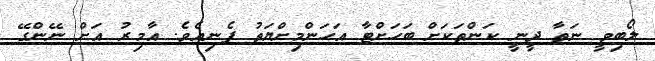
ލޯބިވީ ނަތާ ދީނީ ކަންތަކަށް ބަހަށްޓާ އަހަންމިށްޔަތު ފެނިއެވެ. އާމިރު އަށް ނޭންގޭ